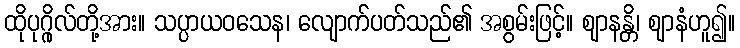
ထိုပုဂ္ဂိုလ်တို့အား။ သပ္ပာယဝသေန၊ လျောက်ပတ်သည်၏ အစွမ်းဖြင့်။ ဈာနန္တိ၊ ဈာနံဟူ၍။